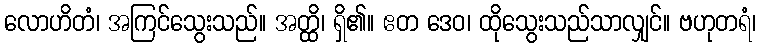
လောဟိတံ၊ အကြင်သွေးသည်။ အတ္ထိ၊ ရှိ၏။ ဧတ ဒေဝ၊ ထိုသွေးသည်သာလျှင်။ ဗဟုတရံ၊